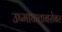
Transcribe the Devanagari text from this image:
उष्माघाताबरोबर